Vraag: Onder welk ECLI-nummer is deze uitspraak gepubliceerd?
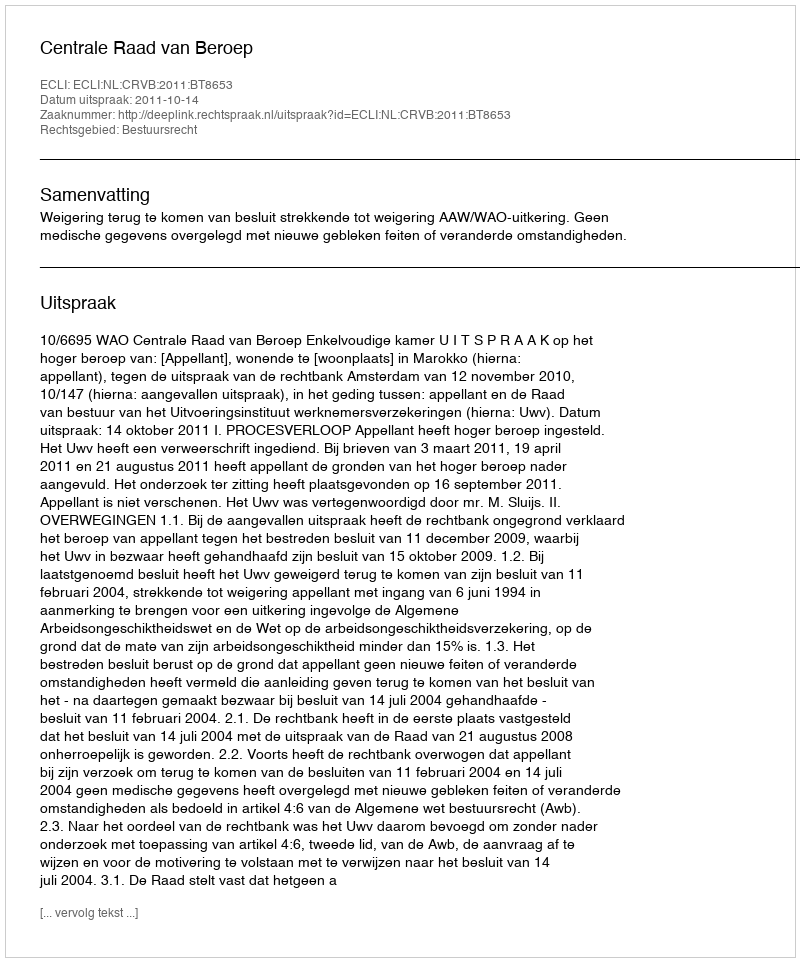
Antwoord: ECLI:NL:CRVB:2011:BT8653